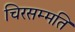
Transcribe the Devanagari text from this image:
चिरसम्मति